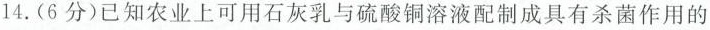
14.(6分)已知农业上可用石灰乳与硫酸铜溶液配制成具有杀菌作用的